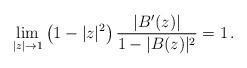
LaTeX: \begin{align*} \lim \limits_{|z| \to 1} \left( 1-|z|^2 \right) \frac{|B'(z)|}{1-|B(z)|^2}=1 \, .\end{align*}